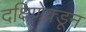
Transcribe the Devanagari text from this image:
दक्षिणेक्डून